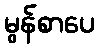
မွန်စာပေ